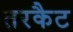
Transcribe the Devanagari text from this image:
तरकैट